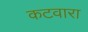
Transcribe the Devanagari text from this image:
कटवारा